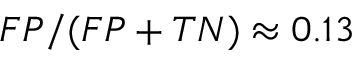
F P / ( F P + T N ) \approx { } 0 . 1 3